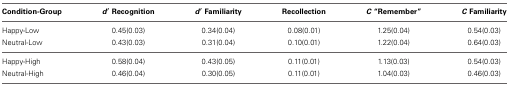
| Condition-Group | d′ Recognition | d′ Familiarity | Recollection | C “Remember” | C Familiarity |
 | --- | --- | --- | --- | --- | --- |
 | Happy-Low | 0.45(0.03) | 0.34(0.04) | 0.08(0.01) | 1.25(0.04) | 0.54(0.03) |
 | Neutral-Low | 0.43(0.03) | 0.31(0.04) | 0.10(0.01) | 1.22(0.04) | 0.64(0.03) |
 | Happy-High | 0.58(0.04) | 0.43(0.05) | 0.11(0.01) | 1.13(0.03) | 0.54(0.03) |
 | Neutral-High | 0.46(0.04) | 0.30(0.05) | 0.11(0.01) | 1.04(0.03) | 0.46(0.03) |